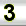
Digit: 3